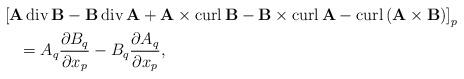
LaTeX: \begin{align*}& \left[ \mathbf{A}\operatorname{div}\mathbf{B}-\mathbf{B}\operatorname{div}\mathbf{A}+\mathbf{A}\times\operatorname{curl}\mathbf{B}-\mathbf{B}\times\operatorname{curl}\mathbf{A}-\operatorname{curl}\left( \mathbf{A}\times\mathbf{B}\right) \right] _{p}\\& \quad=A_{q}\frac{\partial B_{q}}{\partial x_{p}}-B_{q}\frac{\partial A_{q}}{\partial x_{p}},\end{align*}